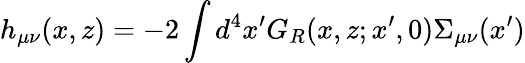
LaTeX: h_{\mu\nu}(x,z)=-2\int d^{4}x^{\prime}G_{R}(x,z;x^{\prime},0)\Sigma_{\mu\nu}(x^{\prime})